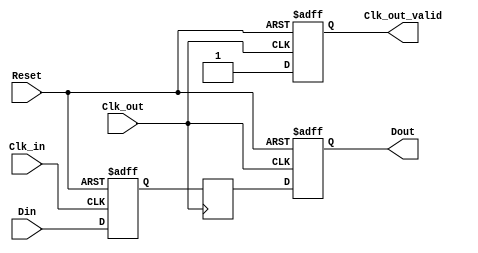
module MemoryBlocksPipelineSynchronizer #(
    parameter DATA_WIDTH = 8, // Width of the data input
    parameter STAGES = 2       // Number of flip-flop stages for metastability handling
)(
    input wire [DATA_WIDTH-1:0] Din,   // Data input
    input wire Clk_in,                  // Clock input for source domain
    input wire Clk_out,                 // Clock input for destination domain
    input wire Reset,                   // Asynchronous reset
    output reg [DATA_WIDTH-1:0] Dout,   // Synchronized data output
    output reg Clk_out_valid            // Output valid signal (optional)
);

    // Internal signals
    reg [DATA_WIDTH-1:0] sync_stages [0:STAGES-1]; // Synchronization stages
    integer i;

    // Reset and Data Sampling in Source Clock Domain (Clk_in)
    always @(posedge Clk_in or posedge Reset) begin
        if (Reset) begin
            sync_stages[0] <= {DATA_WIDTH{1'b0}}; // Reset the first stage
        end else begin
            sync_stages[0] <= Din; // Sample data on Clk_in
        end
    end

    // Dual-clock sampling in Destination Clock Domain (Clk_out)
    always @(posedge Clk_out or posedge Reset) begin
        if (Reset) begin
            Dout <= {DATA_WIDTH{1'b0}}; // Reset the output
            Clk_out_valid <= 1'b0;      // Reset valid signal
        end else begin
            Dout <= sync_stages[STAGES-1]; // Output the last stage data

            // Set output valid signal when new data is available
            Clk_out_valid <= 1'b1;
        end
    end

    // Synchronization Stages
    generate
        genvar j;
        for (j = 0; j < STAGES - 1; j = j + 1) begin : sync_ff
            always @(posedge Clk_out) begin
                if (j == 0) begin
                    sync_stages[j + 1] <= sync_stages[j]; // First stage is sampled from Clk_in
                end else begin
                    sync_stages[j + 1] <= sync_stages[j]; // Subsequent stages sample previous stage
                end
            end
        end
    endgenerate

endmodule